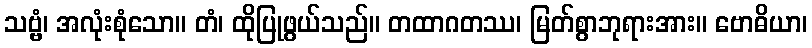
သဗ္ဗံ၊ အလုံးစုံသော။ တံ၊ ထိုပြုဖွယ်သည်။ တထာဂတဿ၊ မြတ်စွာဘုရားအား။ ဗောဓိယာ၊